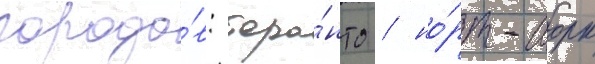
городо́в: торо́нто / но́рт-иорк